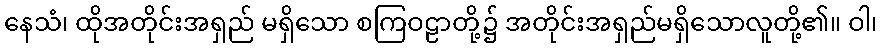
နေသံ၊ ထိုအတိုင်းအရှည် မရှိသော စကြဝဠာတို့၌ အတိုင်းအရှည်မရှိသောလူတို့၏။ ဝါ၊